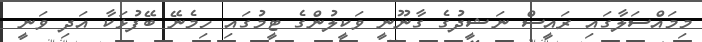
މިމައްސަލާގައި ރައީސް ނަޝީދުގެ ގާނޫނީ ވަކީލުންގެ ޓީމުގައި ހިމެނޭ ބޭފުޅަކާ އަދި ވަނީ